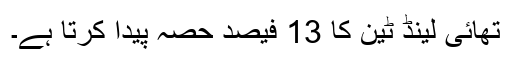
تھائی لینڈ ٹین کا 13 فیصد حصہ پیدا کرتا ہے۔